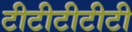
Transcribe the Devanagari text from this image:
टीटीटीटीटी